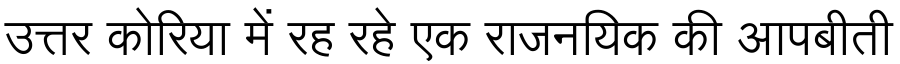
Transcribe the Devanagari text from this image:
उत्तर कोरिया में रह रहे एक राजनयिक की आपबीती